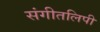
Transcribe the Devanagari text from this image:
संगीतलिपी